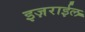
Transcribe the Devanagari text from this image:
इज़राईल